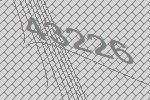
43226